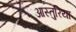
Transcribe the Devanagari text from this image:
आस्तुरिया